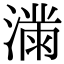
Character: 𫞜